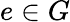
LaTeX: e\in G